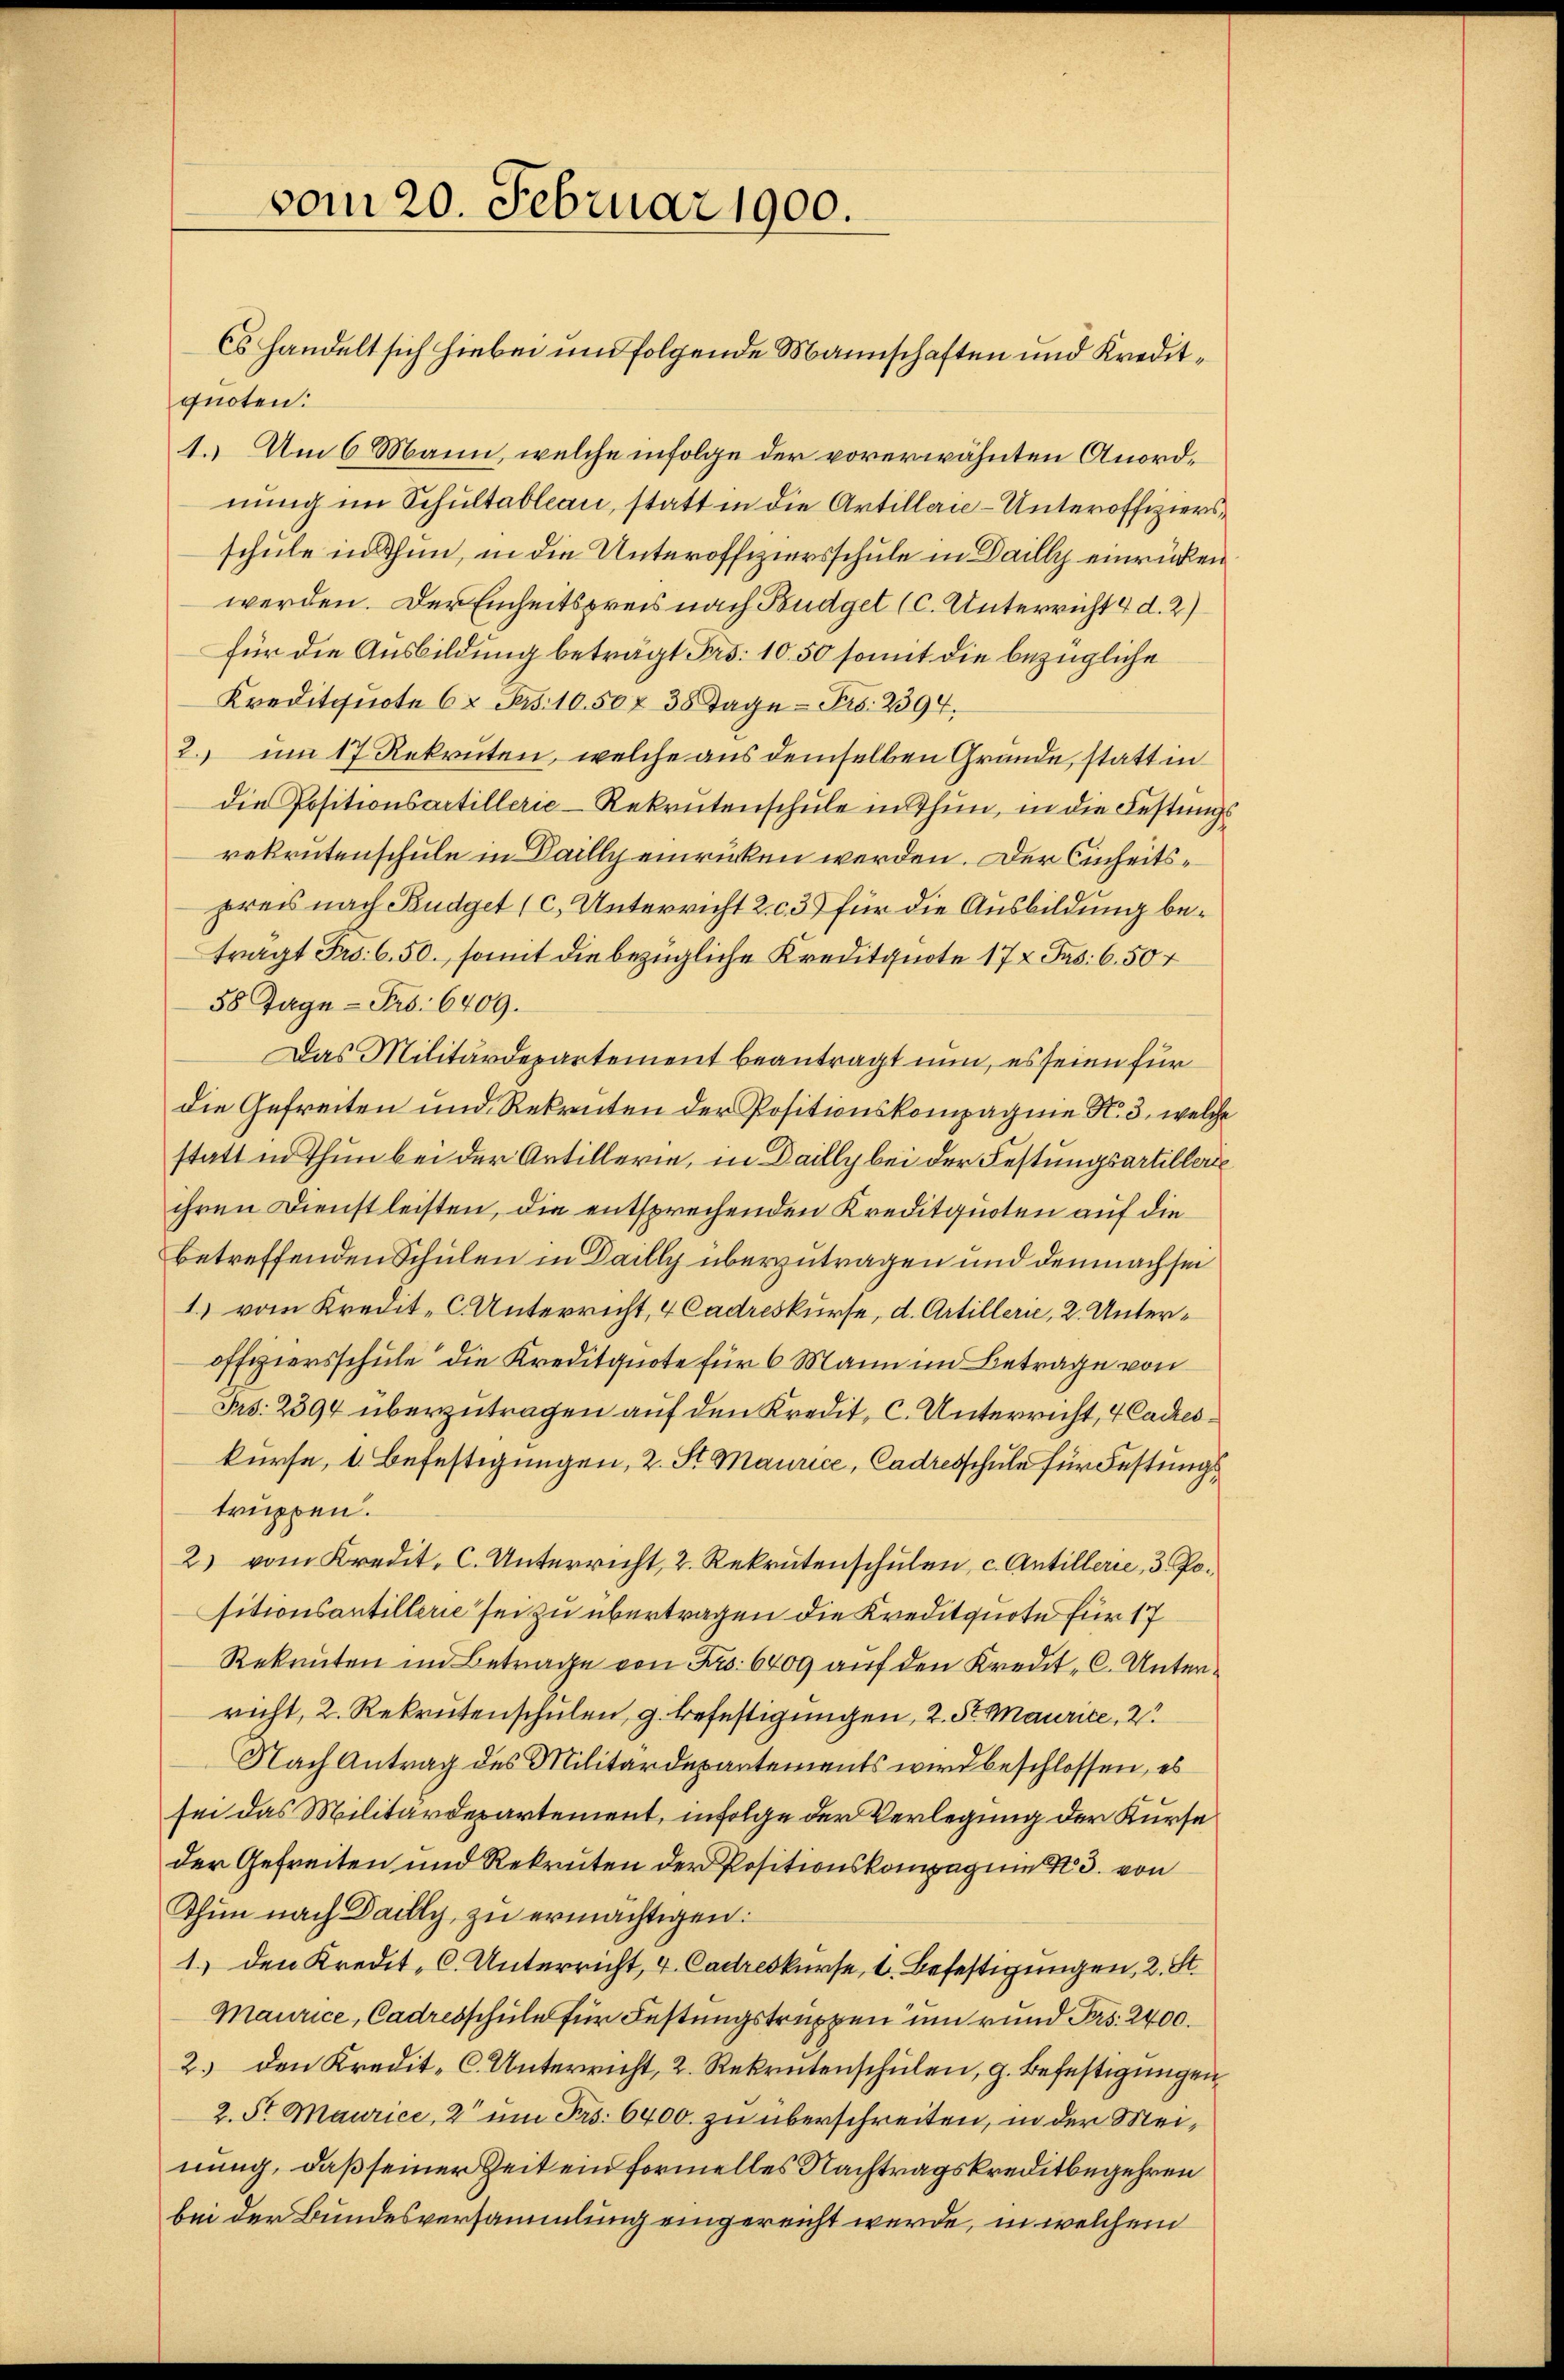
vom 20. Februar 1900.

quoten:
4. Um 6 Mann, welche infolge der vorerwähnten Anordnung im Schultableau, statt in die Artillerie-Unteroffiziersschule in Thun, in die Unteroffiziersschule in Dailly einrücken
werden. Der Einheitspreis nach Budget (C. Unterricht 4 d. 2)
für die Ausbildung betragt Fr. 10. 50 somit die bezügliche
Kreditquote 62 Frs. 10.50 f 30 Tage - Frs. 2394,
2. um 17 Rekruten, welche aus demselben Grande, statt in
die Positionsartillerie-Rekrutenschule in Thun, in die Festungs
rekrutenschule in Bailly einrücken werden. Der Einheitspreis nach Budget (c) Unterricht 2. c. 3) für die Ausbildung betragt Fr. 6. 50. somit die bezügliche Kreditquote 17 x Pas: 6.50 +
58 Tage - Frs. 6409.
Das Militärdepartement beantragt nun, es seien für
die Gefreiten und Rekruten der Positionskompagnie N. 3. welche
statt in Thun bei der Artillerie, in Daily bei der Festungsartillerie
ihren Dienstleisten, die entsprechenden Kreditquoten auf die
betreffenden Schulen in Dailly überzutragen und demnachsei
1) vom Kredit-C. Unterricht, 4 Cadreskurse, d. Artillerie, 2. Unteroffziersschule die Kreditquote für 6 Mann in Betrage von
Frs. 2394 überzutragen auf den Kredit, C. Unterricht, 4 Cadreskurse, 1. Befestigungen, 2. St. Maurice, Cadresschule für Festungstruppen.
2) vom Kredit. C. Unterricht, 2. Rekrutenschŭlen, c. Antillerie, 3. Positionsantillerie sei zu übertragen die Kreditquote für 17
Rekruten im Betrage von Frs. 6409 auf den Kredit, C. Unterricht, 2. Rekrutenschulen, g. Befestigungen, 2. St. Maurice, 2
Nach Antrag des Militärdepartements wird beschlossen, es
sei das Militärdepartement, infolge der Verlegung der Kurse
der Gefreiten und Rekruten der Positionskompagnie 3. von
Thun nach Dailly, zu ermächtigen:
1.) den Kredit, C. Unterricht, u. Cadreskurse, 1. Befestigungen, 2. St.
Maurice, Cadresschule für Festungstruppen um rund Frs. 2400.
2. den Kredit-C. Unterricht, 2. Rekrutenschulen, g. Befestigungen
2. St. Maurice, 2 um Frs. 6400. zu überschreiten, in der Meinung, daß seiner Zeit ein formelles Nachtragskreditbegehren
bei der Bundesversammlung eingereicht werde, in welchem

Es handelt sich hiebei und folgende Mannschaften und Kredit¬